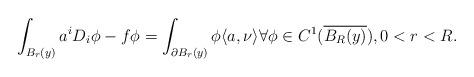
LaTeX: \begin{align*}\int_{B_r(y)} a^iD_i\phi - f\phi = \int_{\partial B_r(y)} \phi \langle a, \nu \rangle \forall \phi \in C^1(\overline{B_R(y)}), 0<r<R.\end{align*}